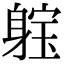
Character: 𨉗